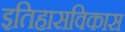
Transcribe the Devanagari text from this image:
इतिहासविकास